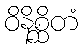
ဝိနိစ္ဆိတံ